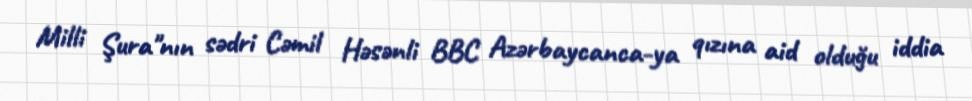
Milli Şura"nın sədri Cəmil Həsənli BBC Azərbaycanca-ya qızına aid olduğu iddia